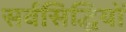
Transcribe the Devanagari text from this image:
सर्वसिद्धियों